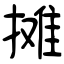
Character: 摊